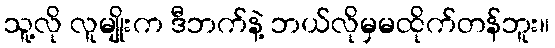
သူ့လို လူမျိုးက ဒီဘက်နဲ့ ဘယ်လိုမှမထိုက်တန်ဘူး။